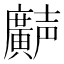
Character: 𫸌